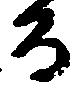
而